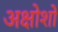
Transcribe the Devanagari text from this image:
अक्षोशों